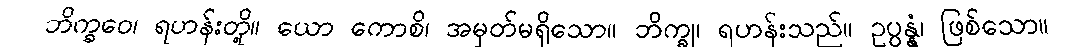
ဘိက္ခဝေ၊ ရဟန်းတို့။ ယော ကောစိ၊ အမှတ်မရှိသော။ ဘိက္ခု၊ ရဟန်းသည်။ ဥပ္ပန္နံ၊ ဖြစ်သော။